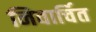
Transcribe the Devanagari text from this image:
निवार्चित